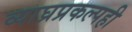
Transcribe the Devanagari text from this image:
व्याघ्रप्रकल्पही